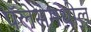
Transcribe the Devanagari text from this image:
पॅलेसमधील